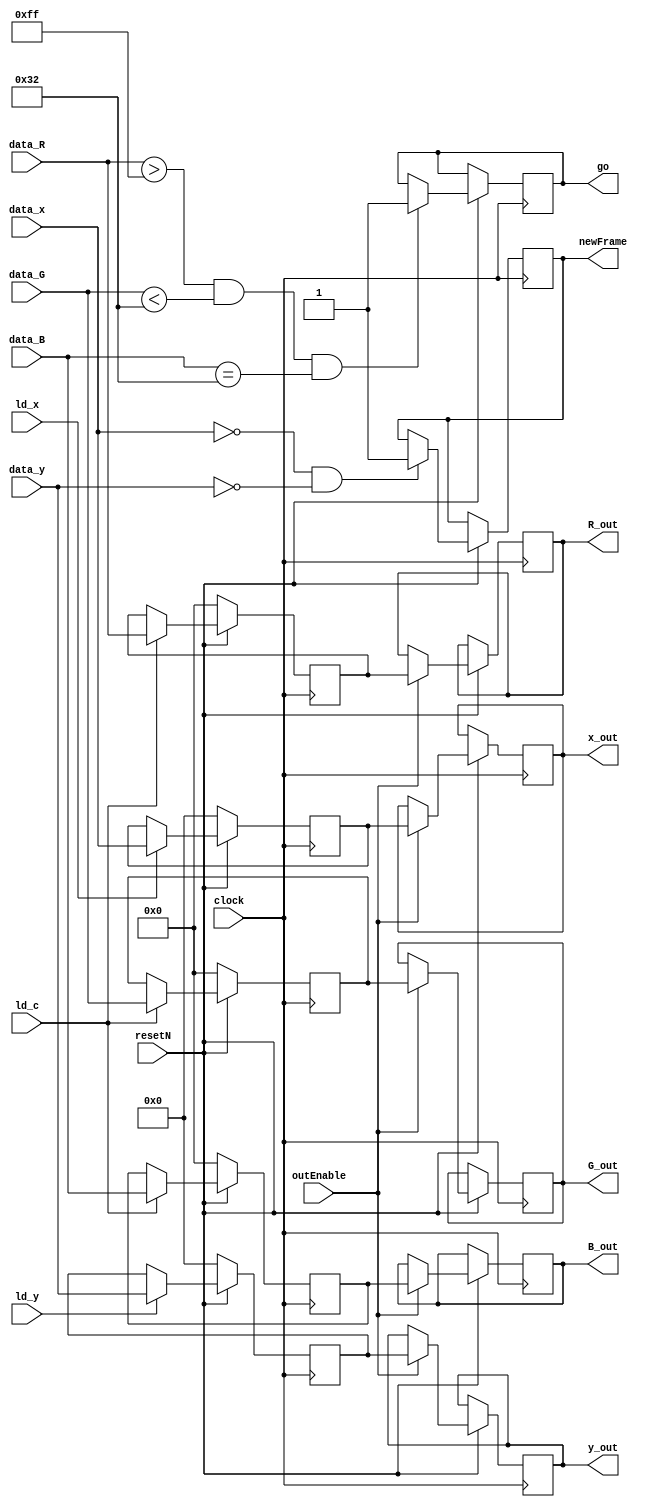

module dataPath(resetN, clock, outEnable, ld_x, ld_y, ld_c, data_x, data_y, data_R, data_G, data_B, x_out, y_out, R_out, G_out, B_out, go, newFrame);
input resetN, clock, ld_x, ld_y, ld_c, outEnable;
input [10:0] data_x;
input [10:0] data_y;
input [9:0] data_R;
input [9:0] data_G;
input [9:0] data_B;

output reg [10:0] x_out;
output reg [10:0] y_out;
output reg [9:0] R_out;
output reg [9:0] G_out;
output reg [9:0] B_out;

output reg go;
output reg newFrame;


//input registers

reg [10:0] x;
reg [10:0] y;
reg [9:0] R, G, B;

//registers with respective input logic
always@(posedge clock) begin
	if(!resetN) //reset all registers
		begin
			x <= 11'b0;
			y <= 11'b0;
			R <= 10'b0;
			G <= 10'b0;
			B <= 10'b0;
		end// end if 
		
	else
		begin
		//pixel found -> write to registers
		if(ld_x)
			x <= data_x;
		
		if(ld_y)
			y <= data_y;
			
		if(ld_c)
				begin
				 R <= data_R;
				 G <= data_G;
				 B <= data_B;
				end
		//output
		if(outEnable)
			begin
			x_out <= x;
			y_out <= y;
			R_out <= R;
			G_out <= G;
			B_out <= B;
			end
			
		//check pixel colour and output go		
		if(data_R >8'd255 && data_G < 8'd50 && data_B == 8'd50)		
				go <= 1'b1;				
		
		//newFrame reached --> if x and y are 0
		if(data_x == 11'b0 && data_y == 11'b0)
			newFrame <= 1'b1;
			
		end//end else
		
end// always		
	

endmodule//dataPath